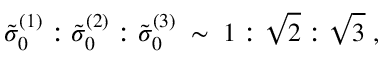
\tilde { \sigma } _ { 0 } ^ { ( 1 ) } : \tilde { \sigma } _ { 0 } ^ { ( 2 ) } : \tilde { \sigma } _ { 0 } ^ { ( 3 ) } \; \sim \; 1 : \sqrt { 2 } : \sqrt { 3 } \; ,